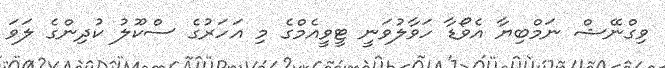
ވިގްނޭޝް ނަމްބިޔާ އެވޯޑާ ހަވާލުވަނީ ޓީވީއެމްގެ މި އަހަރުގެ ސްކޫލު ކުދިންގެ ލަވަ